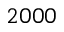
2 0 0 0